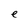
Character: e